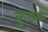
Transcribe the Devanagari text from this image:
कुइक